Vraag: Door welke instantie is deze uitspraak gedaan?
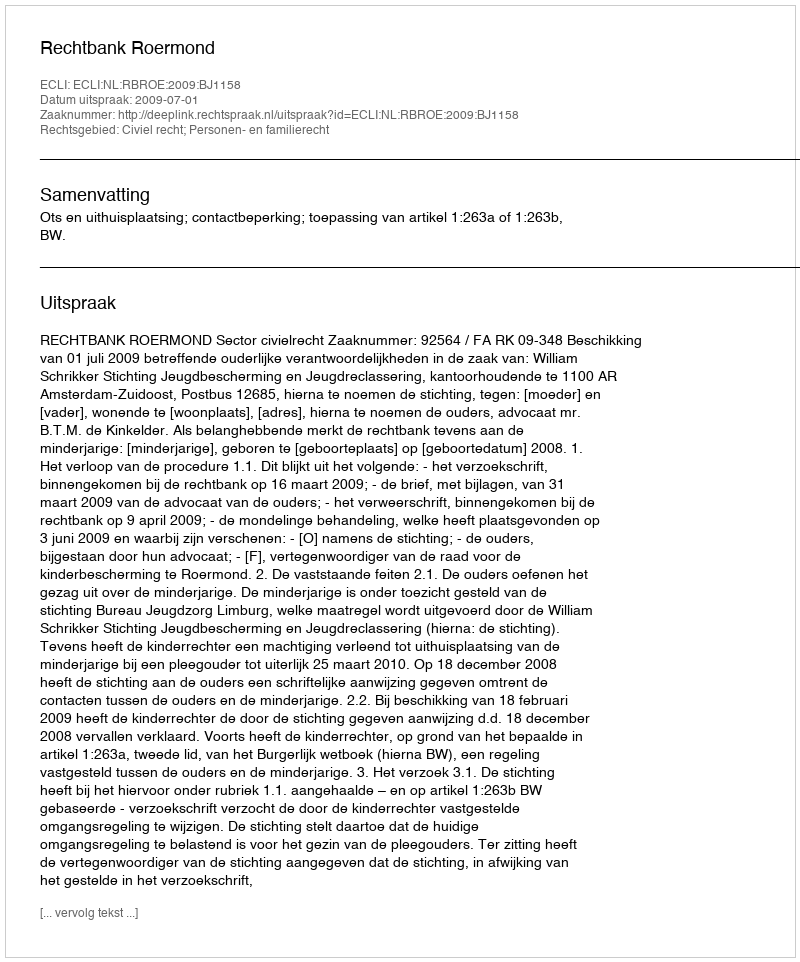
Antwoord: Rechtbank Roermond